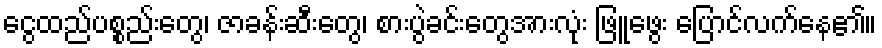
ငွေထည်ပစ္စည်းတွေ၊ ဇာခန်းဆီးတွေ၊ စားပွဲခင်းတွေအားလုံး ဖြူဖွေး ပြောင်လက်နေ၏။